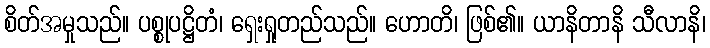
စိတ်အမှုသည်။ ပစ္စုပဋ္ဌိတံ၊ ရှေးရှုတည်သည်။ ဟောတိ၊ ဖြစ်၏။ ယာနိတာနိ သီလာနိ၊